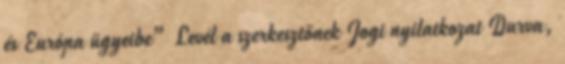
és Európa ügyeibe” Levél a szerkesztőnek Jogi nyilatkozat Durva,